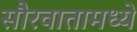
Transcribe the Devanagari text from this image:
सौरवातामध्ये